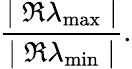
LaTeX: \frac{\mid{\Re\lambda_{\operatorname*{max}}\mid}}{\mid{\Re\lambda_{\operatorname*{min}}\mid}}.